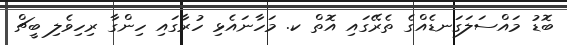
ބޮޑު މައްސަލަގަނޑެއްގެ ތެރޭގައި އޮތް ކ. މަހާނައެޅި ހުރާގައި ހިންގާ ރިހިވެލި ބީޗް